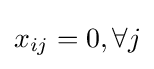
{\textstyle x_{ij}=0,\forall j}